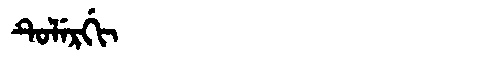
Manchu: ᡨᡠᠯᡝᡵᡤᡳ
Romanization: TULERGI